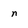
Character: n